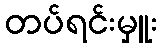
တပ်ရင်းမှူး